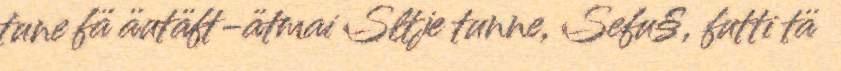
tune fä äutäft-ätmai Sltje tunne, Sefu§, futti tä